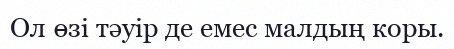
Ол өзі тәуір де емес малдың коры.